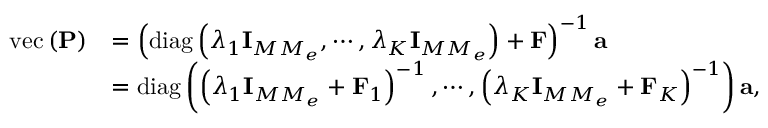
\begin{array} { r l } { \mathrm { v e c } \left( { \uppercase { \mathbf { P } } } \right) } & { = \left( \mathrm { { d i a g } } \left( \lambda _ { 1 } { \uppercase { \mathbf { I } } } _ { M M _ { e } } , \cdots , \lambda _ { K } { \uppercase { \mathbf { I } } } _ { M M _ { e } } \right) + { \uppercase { \mathbf { F } } } \right) ^ { - 1 } { \lowercase { \mathbf { a } } } } \\ & { = { \mathrm { d i a g } } \left( \left( \lambda _ { 1 } { \uppercase { \mathbf { I } } } _ { M M _ { e } } + { \uppercase { \mathbf { F } } } _ { 1 } \right) ^ { - 1 } , \cdots , \left( \lambda _ { K } { \uppercase { \mathbf { I } } } _ { M M _ { e } } + { \uppercase { \mathbf { F } } } _ { K } \right) ^ { - 1 } \right) { \lowercase { \mathbf { a } } } , } \end{array}